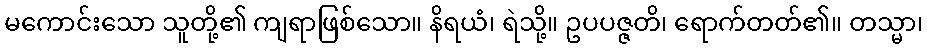
မကောင်းသော သူတို့၏ ကျရာဖြစ်သော။ နိရယံ၊ ရဲသို့။ ဥပပဇ္ဇတိ၊ ရောက်တတ်၏။ တသ္မာ၊